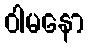
ဝါမနော